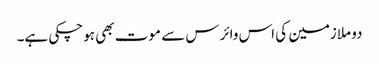
دو ملازمین کی اس وائرس سے موت بھی ہوچکی ہے۔